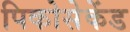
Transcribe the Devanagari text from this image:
पिकोसेकेंड